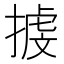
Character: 㨜